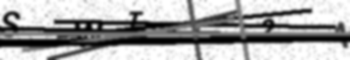
Text: SWTT24